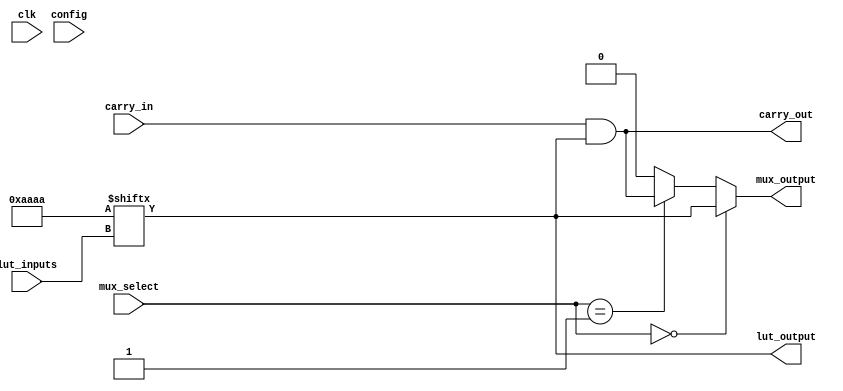
module CLB (
    input wire [3:0] lut_inputs,        // 4-inputs for LUT
    input wire [1:0] mux_select,        // 2-bit select for MUX
    input wire carry_in,                 // Carry input for carry logic
    input wire [1:0] config,             // Configuration bits for LUT
    input wire clk,                      // Clock signal for flip-flops (if any)
    output wire lut_output,              // Output from LUT
    output wire mux_output,              // Output from MUX
    output wire carry_out                // Carry output
);

    // Configuration memory for LUT (4-input)
    reg [15:0] lut_memory; // 16 possible combinations for 4 inputs
    wire [3:0] lut_addr;
    wire lut_enable;

    // LUT implementation
    assign lut_addr = lut_inputs; // Address for LUT based on inputs
    assign lut_output = lut_memory[lut_addr]; // LUT output based on address

    // MUX implementation
    wire [1:0] mux_input_a, mux_input_b;
    assign mux_input_a = lut_output; // First input to MUX
    assign mux_input_b = carry_out;  // Second input to MUX

    assign mux_output = (mux_select == 2'b00) ? mux_input_a :
                        (mux_select == 2'b01) ? mux_input_b :
                        1'b0; // Default case

    // Carry Logic (simple example)
    assign carry_out = carry_in & lut_output; // Example carry logic

    // Configuration memory initialization (example)
    initial begin
        lut_memory = 16'b1010101010101010; // Example configuration
    end

endmodule